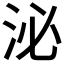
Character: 泌